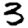
Digit: 3